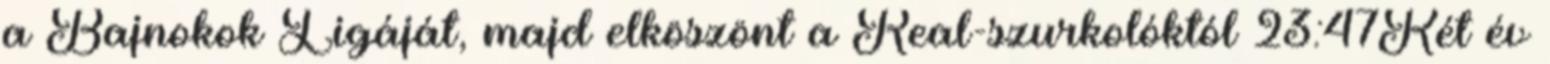
a Bajnokok Ligáját, majd elköszönt a Real-szurkolóktól 23:47Két év